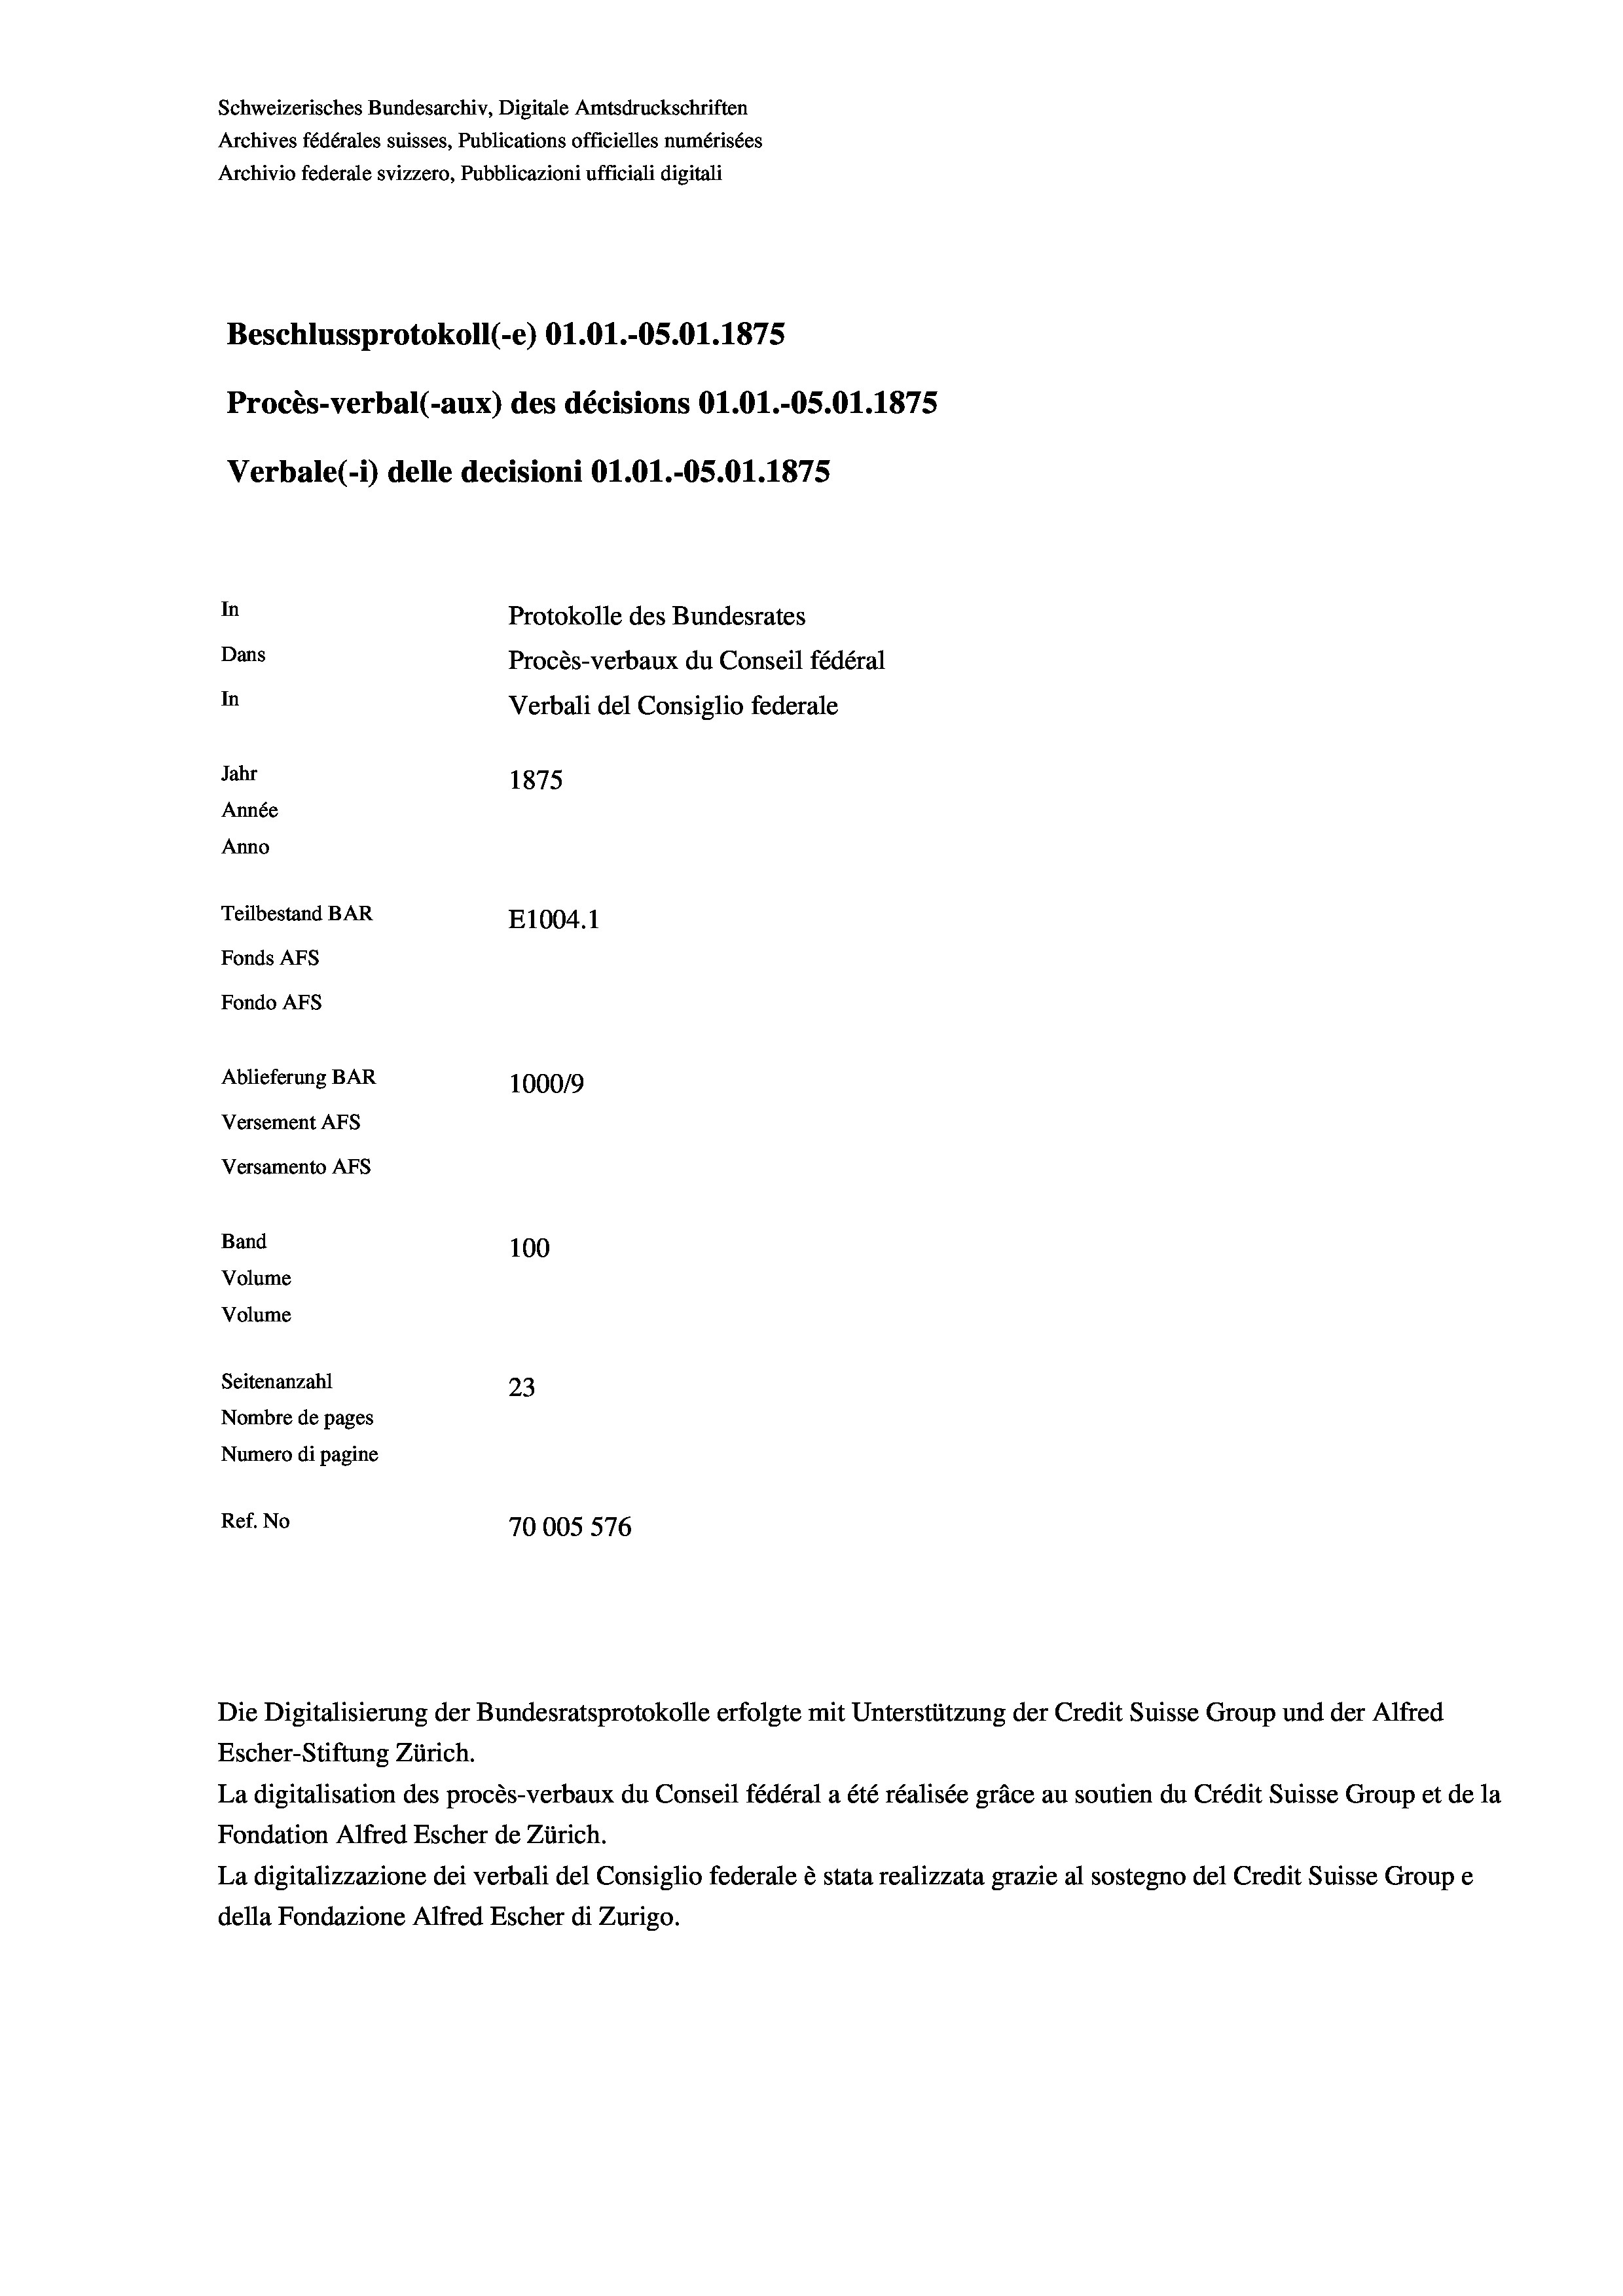
Schweizerisches Bundesarchiv, Digitale Amtsdruckschriften
Archives fédérales suisses, Publications officielles numérisées
Archivio federale svizzero, Pubblicazioni ufficiali digitali
Beschlussprotokoll (-e) Ol.01.-OS.01.1875
Procès-verbal (-aux) des décisions O1.O1.-OS.01.1875
Verbale(-*) delle decisioni Ol.O1.-OS.O1.1875
In
Protokolle des Bundesrates
Dans
Procès-verbaux du Conseil fédéral
In
Verbali del Consiglio federale
Jahr
1875
Année
Anno
Teilbestand BAR
E1004. 1
Fonds AFs
Fondo Afs
Ablieferung BAR
100019
Versement AFs
Versamento AFs
Band
100
Volume
Volume
Seitenanzahl
23
Nombre de pages
Numero di pagine
Ref. No
70005 576

Escher-Stiftung Zürich.
La digitalisation des procès-verbaux du Conseil fédéral a été réalisée gräce au soutien du Crédit Suisse Group et de la
Fondation Alfred Escher de Zürich.
La digitalizzazione dei verbali del Consiglio federale è stata realizzata grazie al sostegno del Credit Suisse Groupe
della Fondazione Alfred Escher di Zurigo.

Die Digitalisierung der Bundesratsprotokolle erfolgte mit Unterstützung der Credit Suisse Group und der Alfred